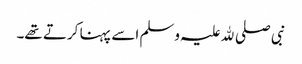
نبی صلی ﷲ علیہ وسلم اسے پہنا کرتے تھے۔